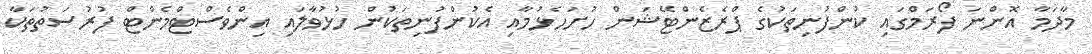
މާދަމާ އޮންނަ ފޯރަމްގައި ކުންފުނިތަކުގެ ޕްރެޒެންޓޭޝަން ހުށަހެޅުމާއި އެކުންފުނިތަކުން ހުޅުވާލައި އިންވެސްޓްމެންޓް ފުރުސަތުތަކާ